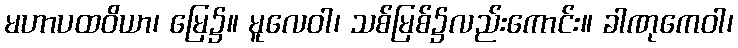
မဟာပထဝိယာ၊ မြေ၌။ မူလေဝါ၊ သစ်မြစ်၌လည်းကောင်း။ ခါဏုကေဝါ၊